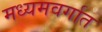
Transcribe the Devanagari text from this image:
मध्यमवर्गात